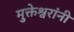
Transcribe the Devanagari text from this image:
मुक्तेश्वरांनी